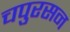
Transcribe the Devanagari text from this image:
चपुरसन